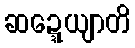
ဆဍ္ဍေယျာတိ